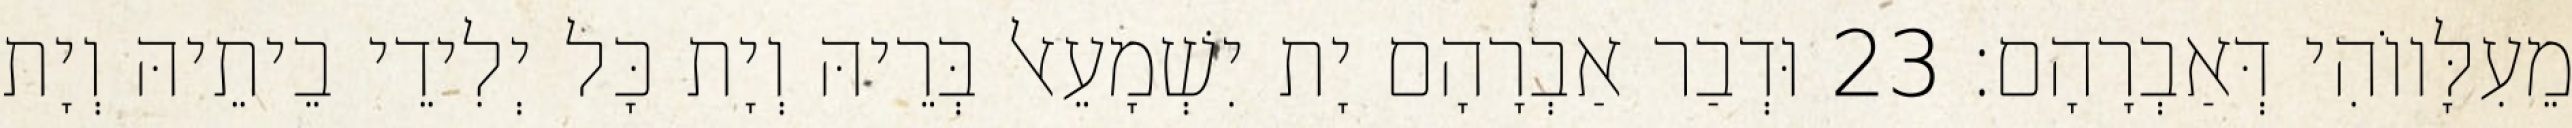
מֵעִלָּווֹהִי דְּאַבְרָהָם׃ 23 וּדְבַר אַבְרָהָם יָת יִשְׁמָעֵאל בְּרֵיהּ וְיָת כָּל יְלִידֵי בֵיתֵיהּ וְיָת